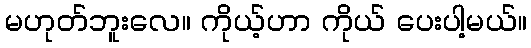
မဟုတ်ဘူးလေ။ ကိုယ့်ဟာ ကိုယ် ပေးပါ့မယ်။